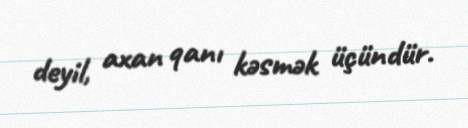
deyil, axan qanı kəsmək üçündür.